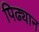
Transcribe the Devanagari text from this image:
पिढ्यान